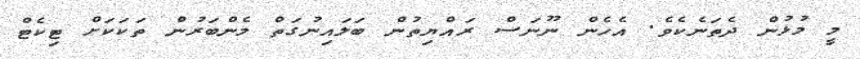
މީ މުޅުން ދެތަނެކެވެ. އެހެން ނޫނަސް ރައްޔިތުން ބަލައިނުގަތް މެންބަރުން ތަކަކަށް ޓިކެޓް